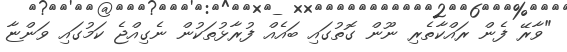
"ވާރޭ ފެން ރައްކާތެރި ނޫން ގޮތުގައި ބައެއް ފުރާޅުތަކުން ނެގިއްޖެ ކަމުގައި ވަންޏާ